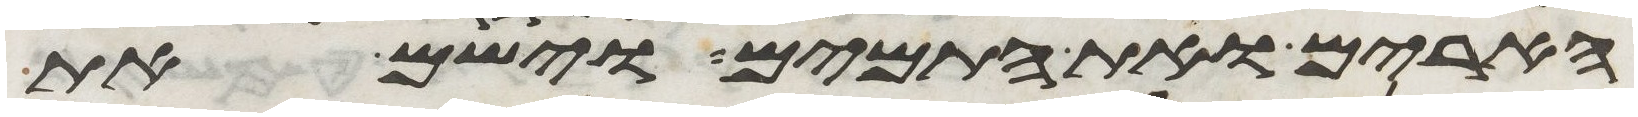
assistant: הארים ואת התמים וישם את